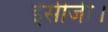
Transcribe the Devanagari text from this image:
ईसीजी।